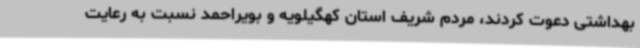
بهداشتی دعوت کردند، مردم شریف استان کهگیلویه و بویراحمد نسبت به رعایت